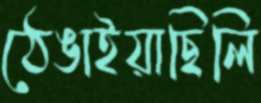
ঠেঙাইয়াছিলি